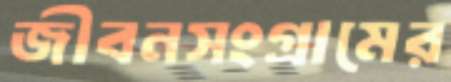
জীবনসংগ্রামের